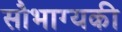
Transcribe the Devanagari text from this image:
सौभाग्यकी